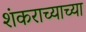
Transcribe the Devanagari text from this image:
शंकराच्याच्या